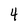
Character: 4